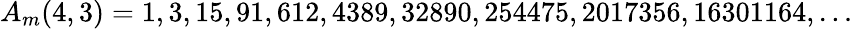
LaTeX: A_{m}(4,3)=1,3,15,91,612,4389,32890,254475,2017356,16301164,\ldots